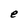
Character: e